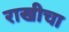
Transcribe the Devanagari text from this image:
राखीचा